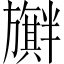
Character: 𪰃